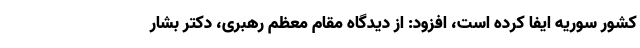
کشور سوریه ایفا کرده است، افزود: از دیدگاه مقام معظم رهبری، دکتر بشار